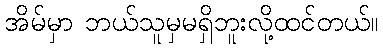
အိမ်မှာ ဘယ်သူမှမရှိဘူးလို့ထင်တယ်။